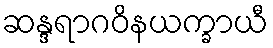
ဆန္ဒရာဂဝိနယက္ခာယီ